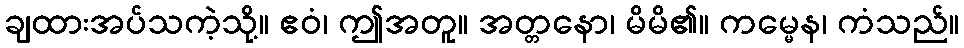
ချထားအပ်သကဲ့သို့။ ဧဝံ၊ ဤအတူ။ အတ္တနော၊ မိမိ၏။ ကမ္မေန၊ ကံသည်။